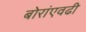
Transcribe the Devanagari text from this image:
बोरांएवढी